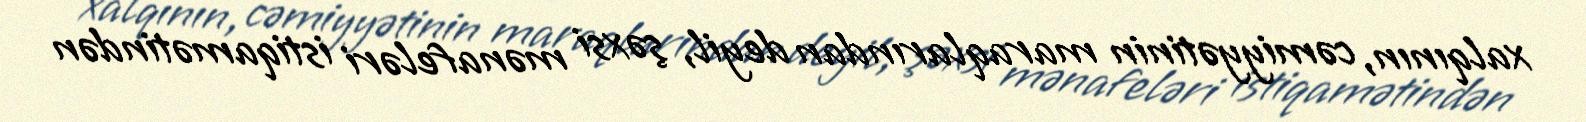
xalqının, cəmiyyətinin maraqlarından deyil, şəxsi mənafeləri istiqamətindən